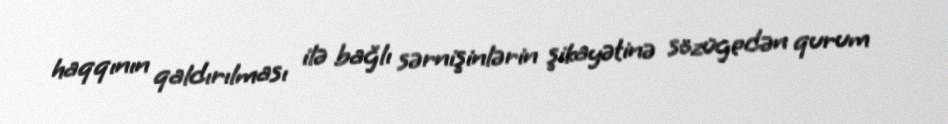
haqqının qaldırılması ilə bağlı sərnişinlərin şikayətinə sözügedən qurum